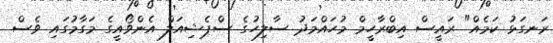
ރަނގަޅު ކަމެއް" ރައީސް އިބްރާހީމް މުހައްމަދު ސާލިހުގެ ސްޕެޝިއަލް އެންވޯއީގެ މަގާމުގައި ވެސް